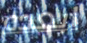
ابعده